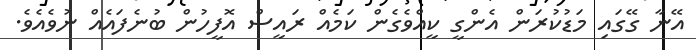
އޭނާ ގޭގައި މަޑުކުރަން އެންގީ ކީއްވެގެން ކަމެއް ރައީސް އޮފީހުން ބުނެފައެއް ނުވެއެވެ.